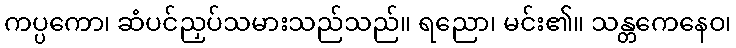
ကပ္ပကော၊ ဆံပင်ညှပ်သမားသည်သည်။ ရညော၊ မင်း၏။ သန္တကေနေဝ၊